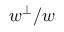
w ^ { \perp } / w